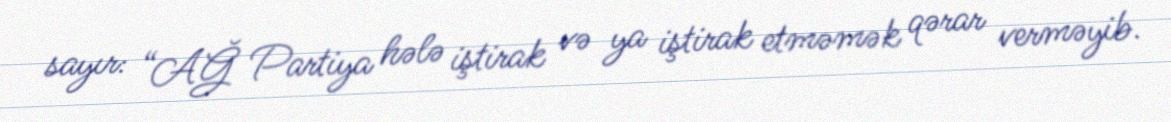
sayır: “AĞ Partiya hələ iştirak və ya iştirak etməmək qərar verməyib.